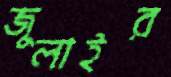
জুলাইর